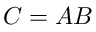
C = A B